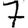
Digit: 7